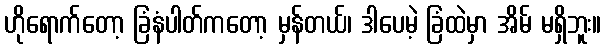
ဟိုရောက်တော့ ခြံနံပါတ်ကတော့ မှန်တယ်၊ ဒါပေမဲ့ ခြံထဲမှာ အိမ် မရှိဘူး။